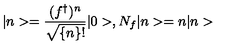
| n > = \frac { ( f ^ { \dagger } ) ^ { n } } { \sqrt { \{ n \} ! } } | 0 > , N _ { f } | n > = n | n >